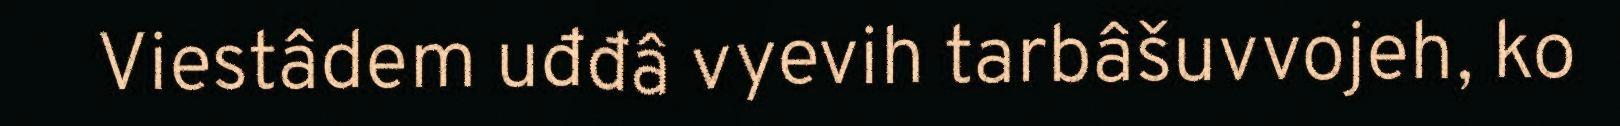
Viestâdem uđđâ vyevih tarbâšuvvojeh, ko